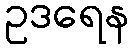
ဥဒရေန